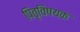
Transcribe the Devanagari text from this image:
पितृविषयक